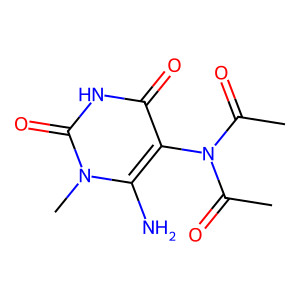
SMILES: CC(=O)N(C(C)=O)c1c(N)n(C)c(=O)[nH]c1=O
Inhibits HIV replication: No